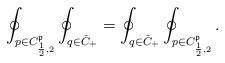
LaTeX: \begin{align*} \oint_{p\in C^{\mathfrak{p}}_{\frac12,2}}\oint_{q\in\check C_+}=\oint_{q\in\check C_+}\oint_{p\in C^{\mathfrak{p}}_{\frac12,2}}. \end{align*}